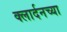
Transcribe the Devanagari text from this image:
क्लार्दनच्या